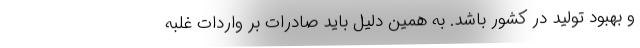
و بهبود تولید در کشور باشد. به همین دلیل باید صادرات بر واردات غلبه